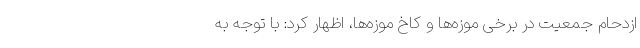
ازدحام جمعیت در برخی موزه‌ها و کاخ موزه‌ها، اظهار کرد: با توجه به